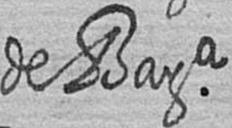
de Bara